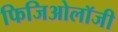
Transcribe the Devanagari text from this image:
फिजिओलॉजी